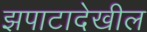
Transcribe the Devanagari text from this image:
झपाटादेखील